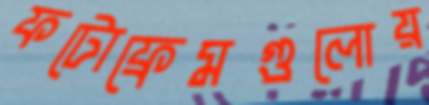
ফটোফ্রেমগুলোয়